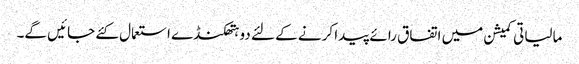
مالیاتی کمیشن میں اتفاق رائے پیدا کرنے کے لئے دو ہتھکنڈے استعمال کئے جائیں گے۔